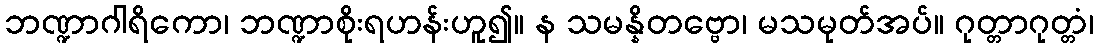
ဘဏ္ဍာဂါရိကော၊ ဘဏ္ဍာစိုးရဟန်းဟူ၍။ န သမန္နိတဗ္ဗော၊ မသမုတ်အပ်။ ဂုတ္တာဂုတ္တံ၊